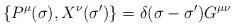
LaTeX: \begin{align*}{\lbrace P^{\mu}(\sigma),X^{\nu}(\sigma') \rbrace}=\delta(\sigma -\sigma') G^{\mu\nu}\end{align*}